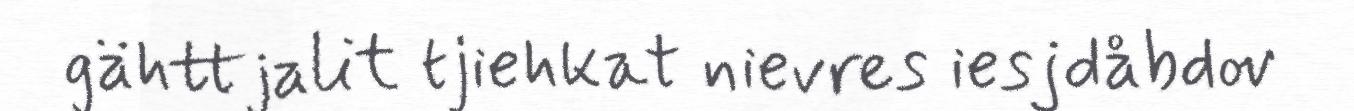
gähttjalit tjiehkat nievres iesjdåbdov